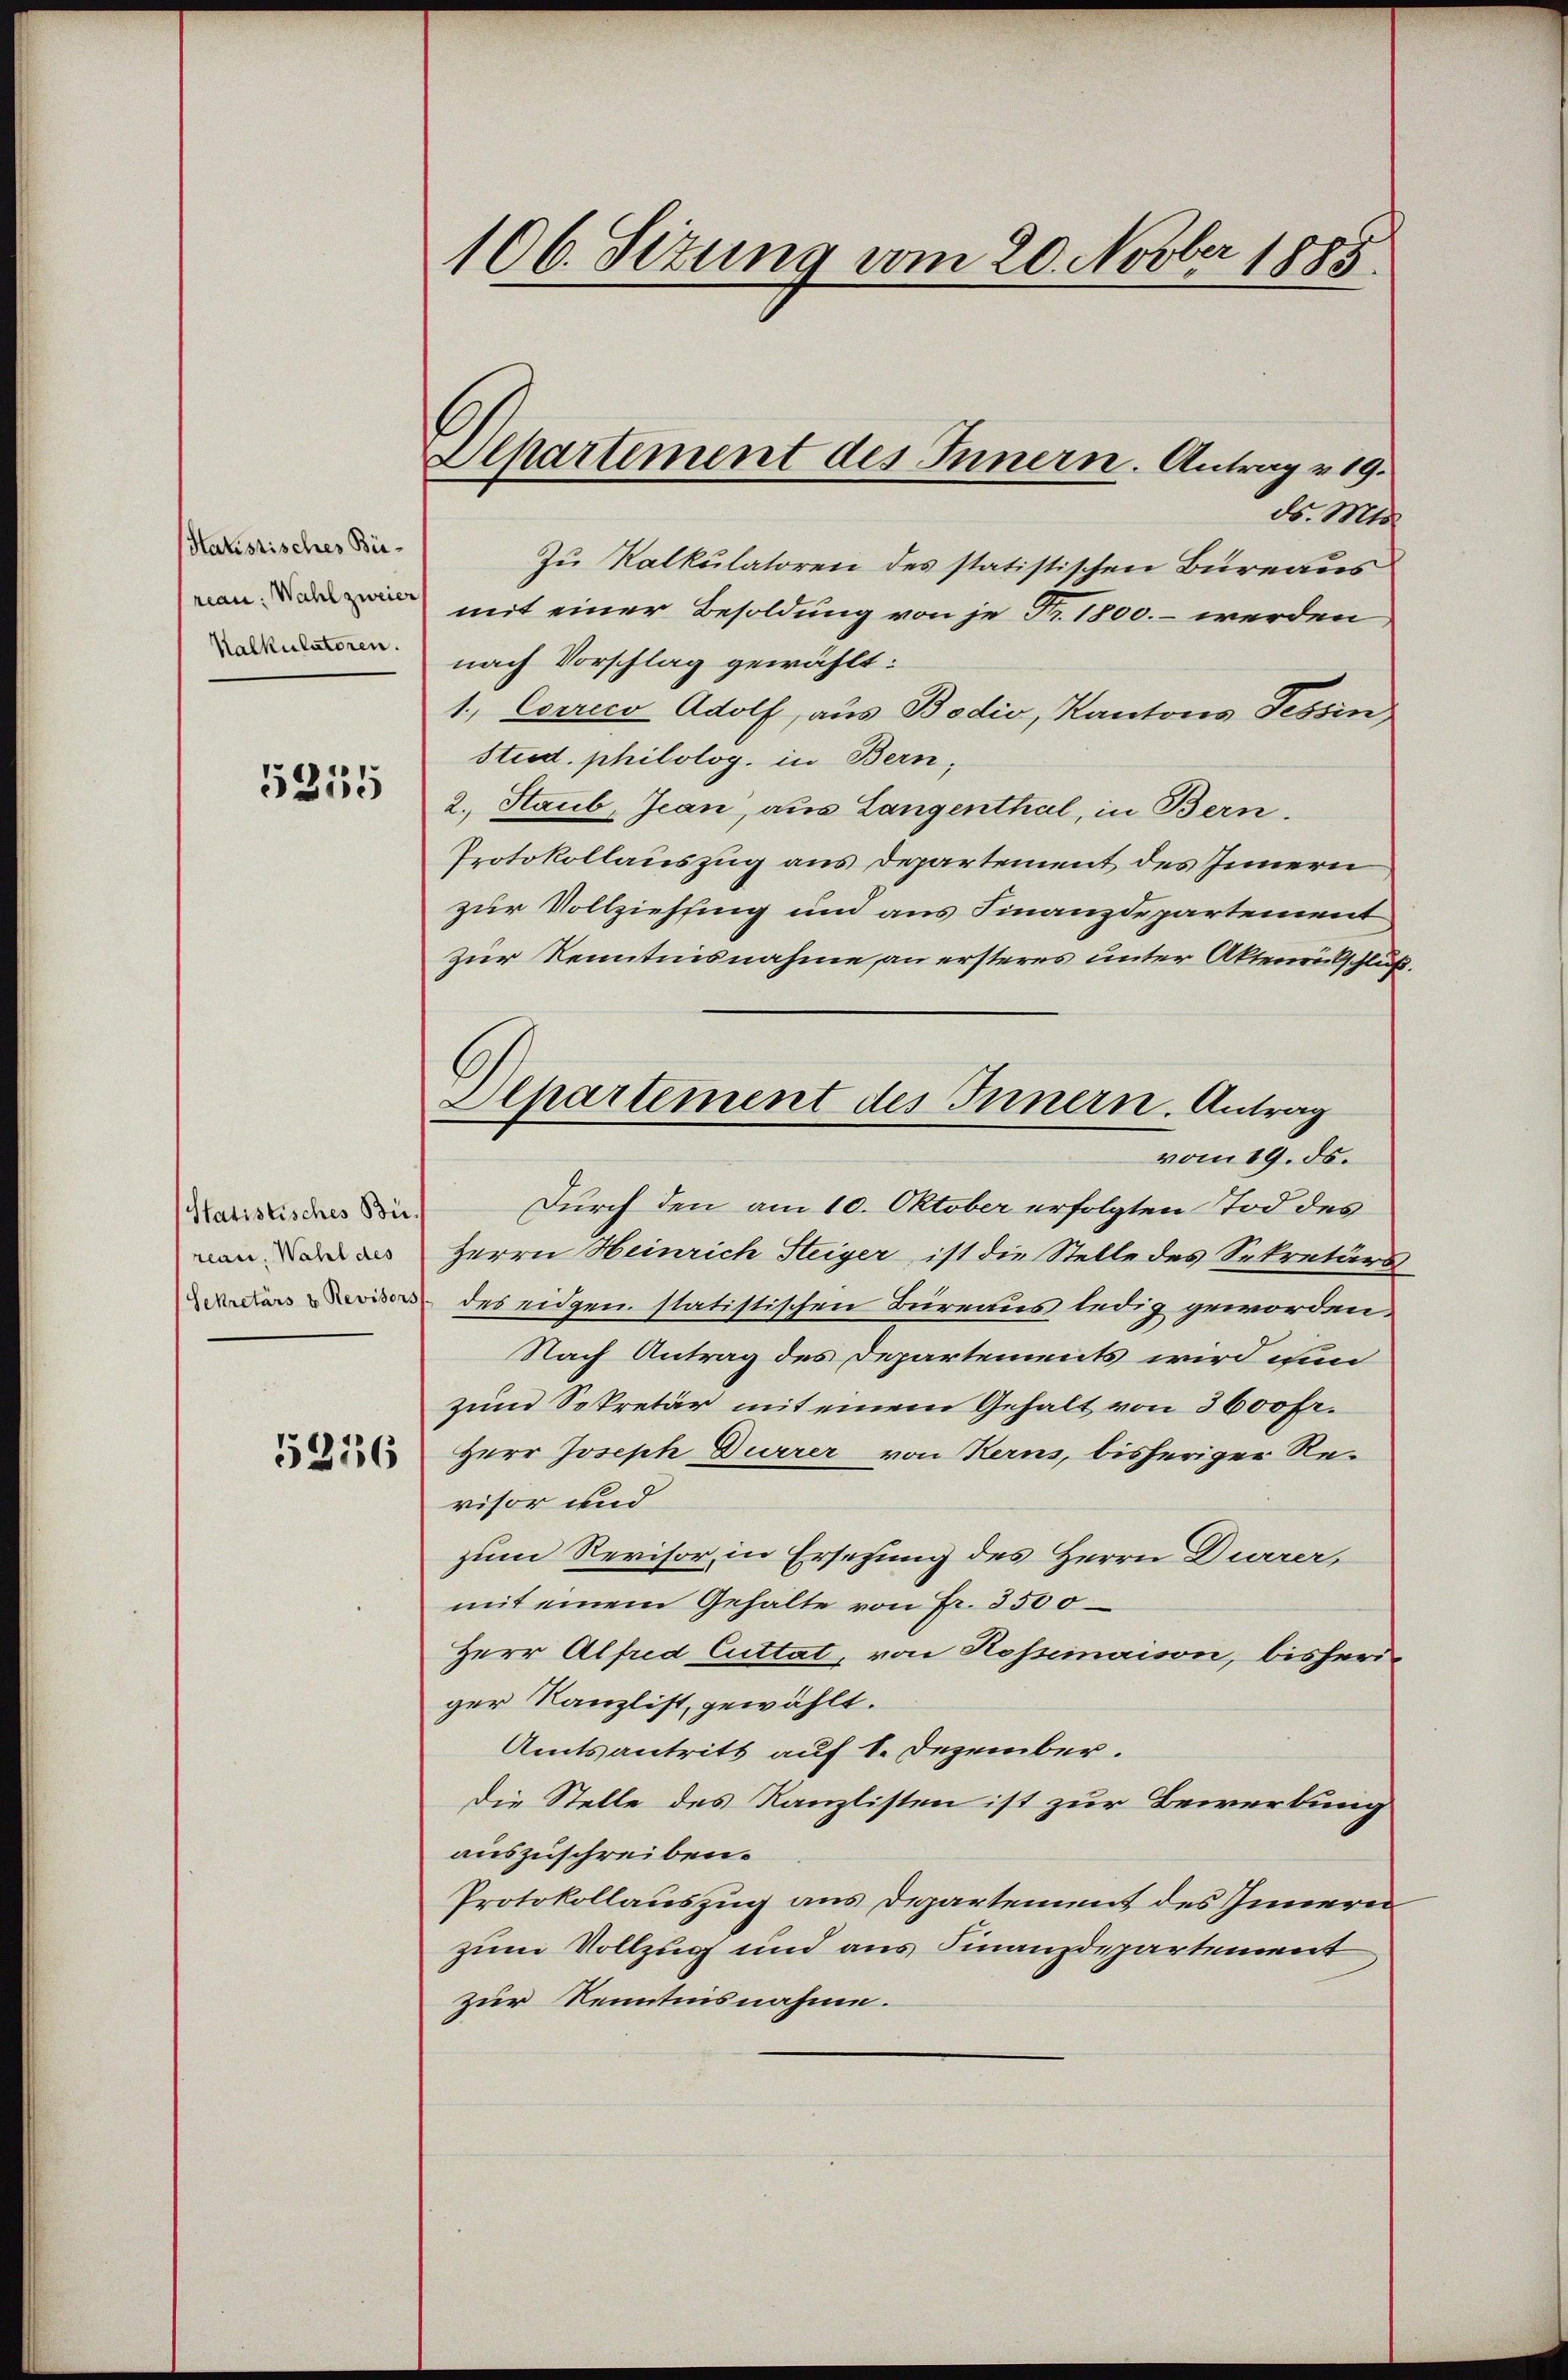
Hatistisches Bürrean: Wahl zweier
Kalkulatoren.

5315

Statistisches Büreau, Wahl des
Sekretärs & Revisors

5236

106. Sizung vom 20. Novber 1885.

Alpartement des Innern. Antrag v. 19.

ds. Mts.
Zu Kalkulatoren des statistischen Büreaus
mit einer Besoldung von je Fr. 1800.- werden
nach Vorschlag gewählt:
1, Corrico Adolf, aus Bodio, Kantons Tessin
Stied. philolog. in Bern,
2. Staub, Jean, aus Langenthal, in Bern.
Protokollauszug aus Departement des Innern
zur Vollziehung und aus Finanzdepartement
zur Kenntnisnahme an ersteres unter Aktenrütschluß
Durch den am 10. Oktober erfolgten Tod des
Herrn Heinrich Steiger, ist die Stelle des Sekretärs
des eidgen. statistischen Bureaus ledig geworden.
Nach Antrag des Departements wird ein
zum Sekretär mit einem Gehalt von 3600 fr.
Herr Joseph Dürrer von Kerns, bisheriger Revisor und
zum Revisor, in Ersetzung des Herrn Durrer,
mit einem Gehalte von Fr. 3500
Herr Alfred Cuttat, von Rossemaison, bisheriger Kanzlist, gewählt.
Amtsantritt auf 1. Dezember.
Die Stelle des Kanzlisten ist zur Bewerkung
auszuschreiben.
Protokollauszug aus Departement des Innern
zum Vollzug und aus Finanzdepartement
zur Kenntnisnahme.

Alpartement des Innern. Antrag
vom 19. ds.